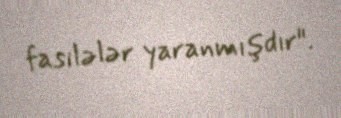
fasilələr yaranmışdır".